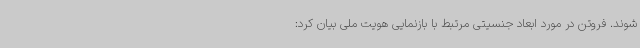
شوند. فروتن در مورد ابعاد جنسیتی مرتبط با بازنمایی هویت ملی بیان کرد: